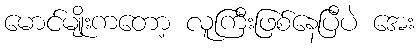
မောင်မျိုးကတော့ လူကြီးဖြစ်နေပြီပဲ အေး